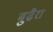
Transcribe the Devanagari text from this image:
बुढैरा